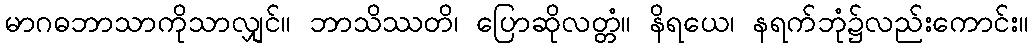
မာဂဓဘာသာကိုသာလျှင်။ ဘာသိဿတိ၊ ပြောဆိုလတ္တံ။ နိရယေ၊ နရက်ဘုံ၌လည်းကောင်း။